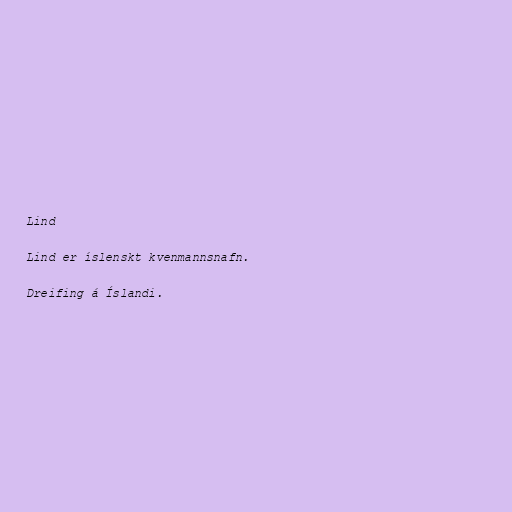
Lind

Lind er íslenskt kvenmannsnafn.

Dreifing á Íslandi.